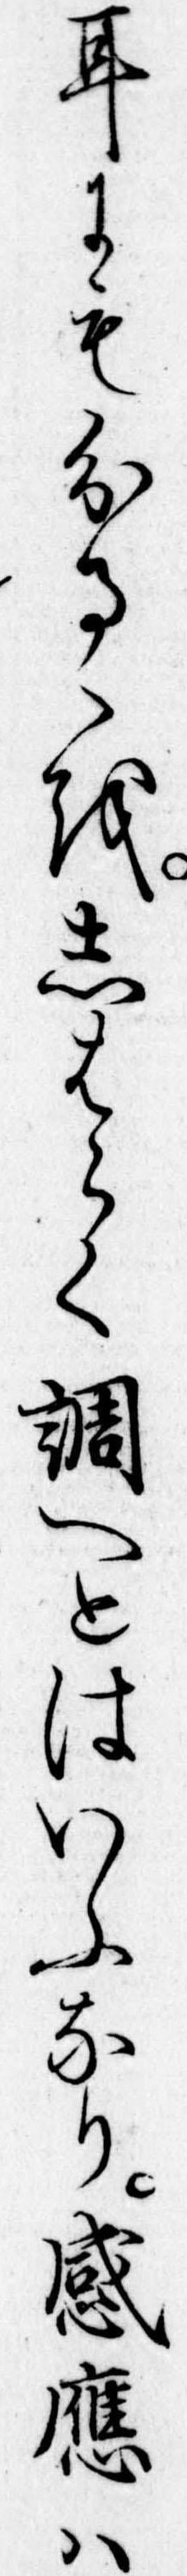
耳にも分るゝをしはらく調へとはいふなり感応は